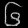
Digit: ၆